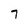
Character: 7